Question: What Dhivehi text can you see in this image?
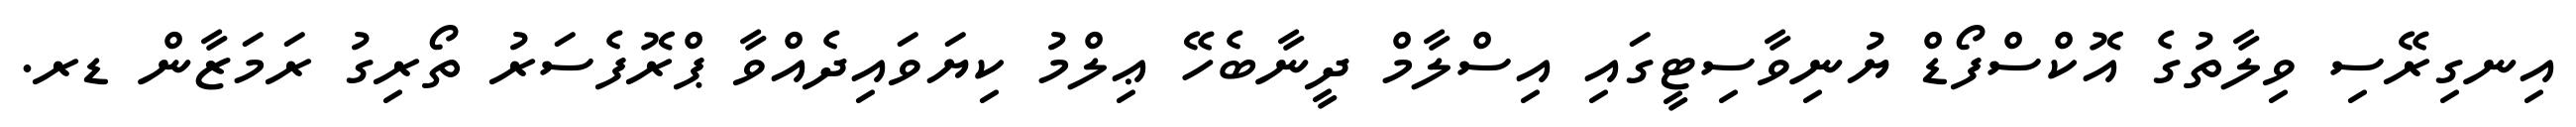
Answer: އިނގިރޭސި ވިލާތުގެ އޮކްސްފޯޑް ޔުނިވާސިޓީގައި އިސްލާމް ދީނާބެހޭ ޢިލްމު ކިޔަވައިދެއްވާ ޕްރޮފެސަރު ތޯރިގު ރަމަޒާން ޑރ.